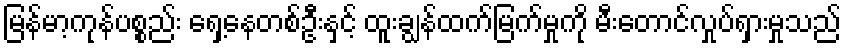
မြန်မာ့ကုန်ပစ္စည်း ရှေ့နေတစ်ဦးနှင့် ထူးချွန်ထက်မြက်မှုကို မီးတောင်လှုပ်ရှားမှုသည်